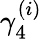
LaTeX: \gamma_{4}^{(i)}